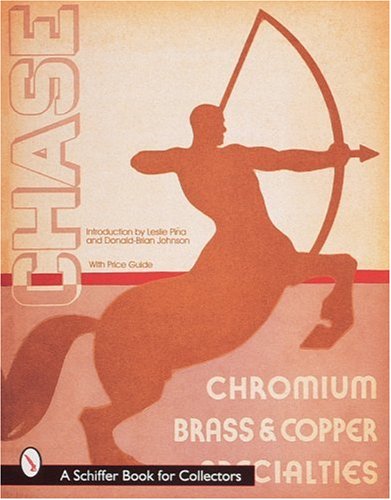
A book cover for Chase Catalogs: 1934 And 1935 : Chromium Brass & Copper Specialties; Laslie Pina; Crafts, Hobbies & Home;